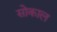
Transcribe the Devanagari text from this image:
सोकाल